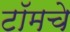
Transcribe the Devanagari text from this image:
टॉमचे